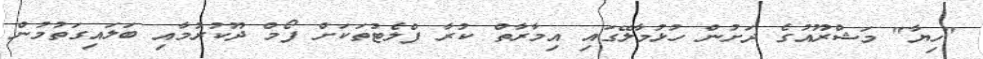
"ހިޔާ" މަޝްރޫއުގެ ދަށުން ހުޅުމާލޭގައި އިމާރާތް ކުރާ ފްލެޓުތަކަށް ފޯމް ދޫކުރުމާއި ބަލައިގަތުމުން